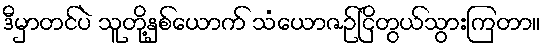
ဒီမှာတင်ပဲ သူတို့နှစ်ယောက် သံယောဇဉ်ငြိတွယ်သွားကြတာ။